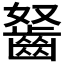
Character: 𪗭